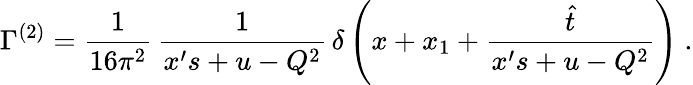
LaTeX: \Gamma^{(2)}=\frac{1}{16\pi^{2}}\, \frac{1}{x^{\prime}s+u-Q^{2}}\, \delta\left(x+x_{1}+\frac{\hat{t}}{x^{\prime}s+u-Q^{2}}\right)\ .